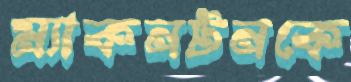
ম্যাকনটনকে